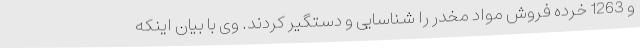
و 1263 خرده فروش مواد مخدر را شناسایی و دستگیر کردند. وی با بیان اینکه